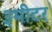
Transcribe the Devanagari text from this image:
३मीटर